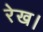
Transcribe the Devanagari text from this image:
रेख।